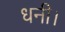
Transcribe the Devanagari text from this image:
धनी।